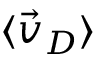
\langle \vec { v } _ { D } \rangle